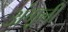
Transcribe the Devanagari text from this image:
अंगूली